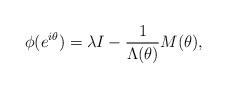
LaTeX: \begin{align*}\phi(e^{i\theta}) = \lambda I - \frac{1}{\Lambda (\theta)} M(\theta),\end{align*}